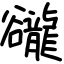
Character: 豅